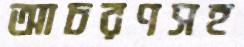
আচরণসহ